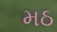
મઠ